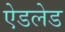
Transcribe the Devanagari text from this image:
ऐडलेड